Civil Veterinary Dept. Bombay admin report 1907-1913 - 1907-1913
Year: 1907
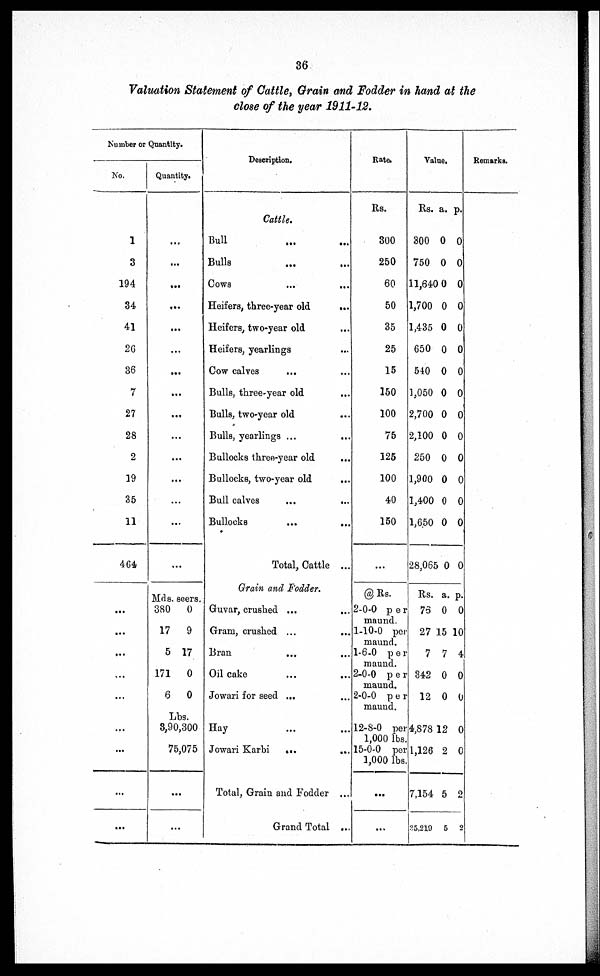
36
Valuation Statement of Cattle, Grain and Fodder in hand at the
close of the year 1911-12.
Number or Quantity.
No.
1
3
194
34
41
26
36
7
27
28
2
19
35
11
464
...
...
...
...
...
...
...
...
...
Quantity.
...
...
...
...
...
...
...
..
.
...
..
.
..
.
..
.
..
.
..
.
..
.
Mds.
380
17
5
171
6
seers.
0
9
17
0
0
Lbs.
3,90,300
75,075
..
.
..
.
Description.
Cattle.
Bull … …
Bulls … …
Cows … …
Heifers, three-year old
...
Heifers, two-year old …
Heifers, yearlings …
Cow calves … …
Bulls, three-year old …
Bulls, two-year old …
Bulls, yearlings ... ...
Bullocks three-year old …
Bullocks, two-year old …
Bull calves …
Bullocks ... ...
Total, Cattle ...
Grain and Fodder.
Guvar, crushed ... ...
Gram, crushed ... ...
Bran … …
Oil cake … …
Jowari for seed ... ...
Hay … …
Jowari Karbi ... ...
Total, Grain and Fodder ...
Grand Total ...
Rate.
Rs.
300
250
60
50
35
25
15
150
100
75
125
100
40
150
...
@ Rs.
2-0-0 per
maund.
1-10-0 per
maund.
1-6-0
per
maund.
2-0-0
per
maund.
2-0-0
per
maund.
12-8-0 per
1,000 lbs
15-0-0 per
1,000 lbs
...
...
Value.
Rs.
300
750
11,640
1,700
1,435
650
540
1,050
2,700
2,100
250
1,900
1,400
1,650
28,065
Rs.
73
27
7
342
12
4,878
1,126
7,154
25,219
a.
0
0
0
0
0
0
0
0
0
0
0
0
0
0
0
a.
0
15
7
0
0
12
2
5
5
p.
0
0
0
0
0
0
0
0
0
0
0
0
0
0
0
p.
0
10
4
0
0
0
0
2
2
Remarks.